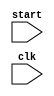
module cycle_counter
(
	input start,
	input clk
);
	reg [23:0] cycle;
	
	always @ (posedge clk) begin
		if (start) begin 
			cycle <= 0;
		end else begin
			cycle <= cycle + 1;
		end
		$display("Cycle: %d", cycle);
	end

endmodule